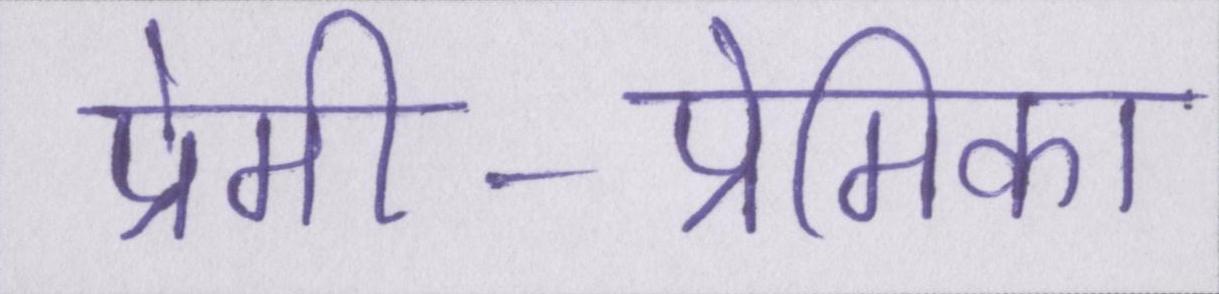
प्रेमी-प्रेमिका